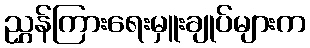
ညွှန်ကြားရေးမှူးချုပ်များက